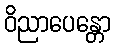
ဝိညာပေန္တော